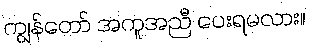
ကျွန်တော် အကူအညီ ပေးရမလား။